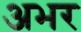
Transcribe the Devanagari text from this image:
अभर